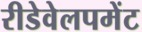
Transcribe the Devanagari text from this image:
रीडेवेलपमेंट